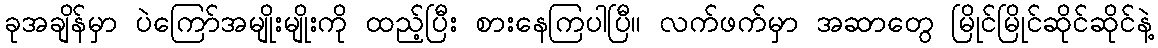
ခုအချိန်မှာ ပဲကြော်အမျိုးမျိုးကို ထည့်ပြီး စားနေကြပါပြီ။ လက်ဖက်မှာ အဆာတွေ မြိုင်မြိုင်ဆိုင်ဆိုင်နဲ့